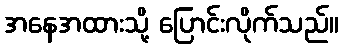
အနေအထားသို့ ပြောင်းလိုက်သည်။